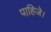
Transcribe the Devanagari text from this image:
पाहिजे।